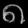
Digit: ၈